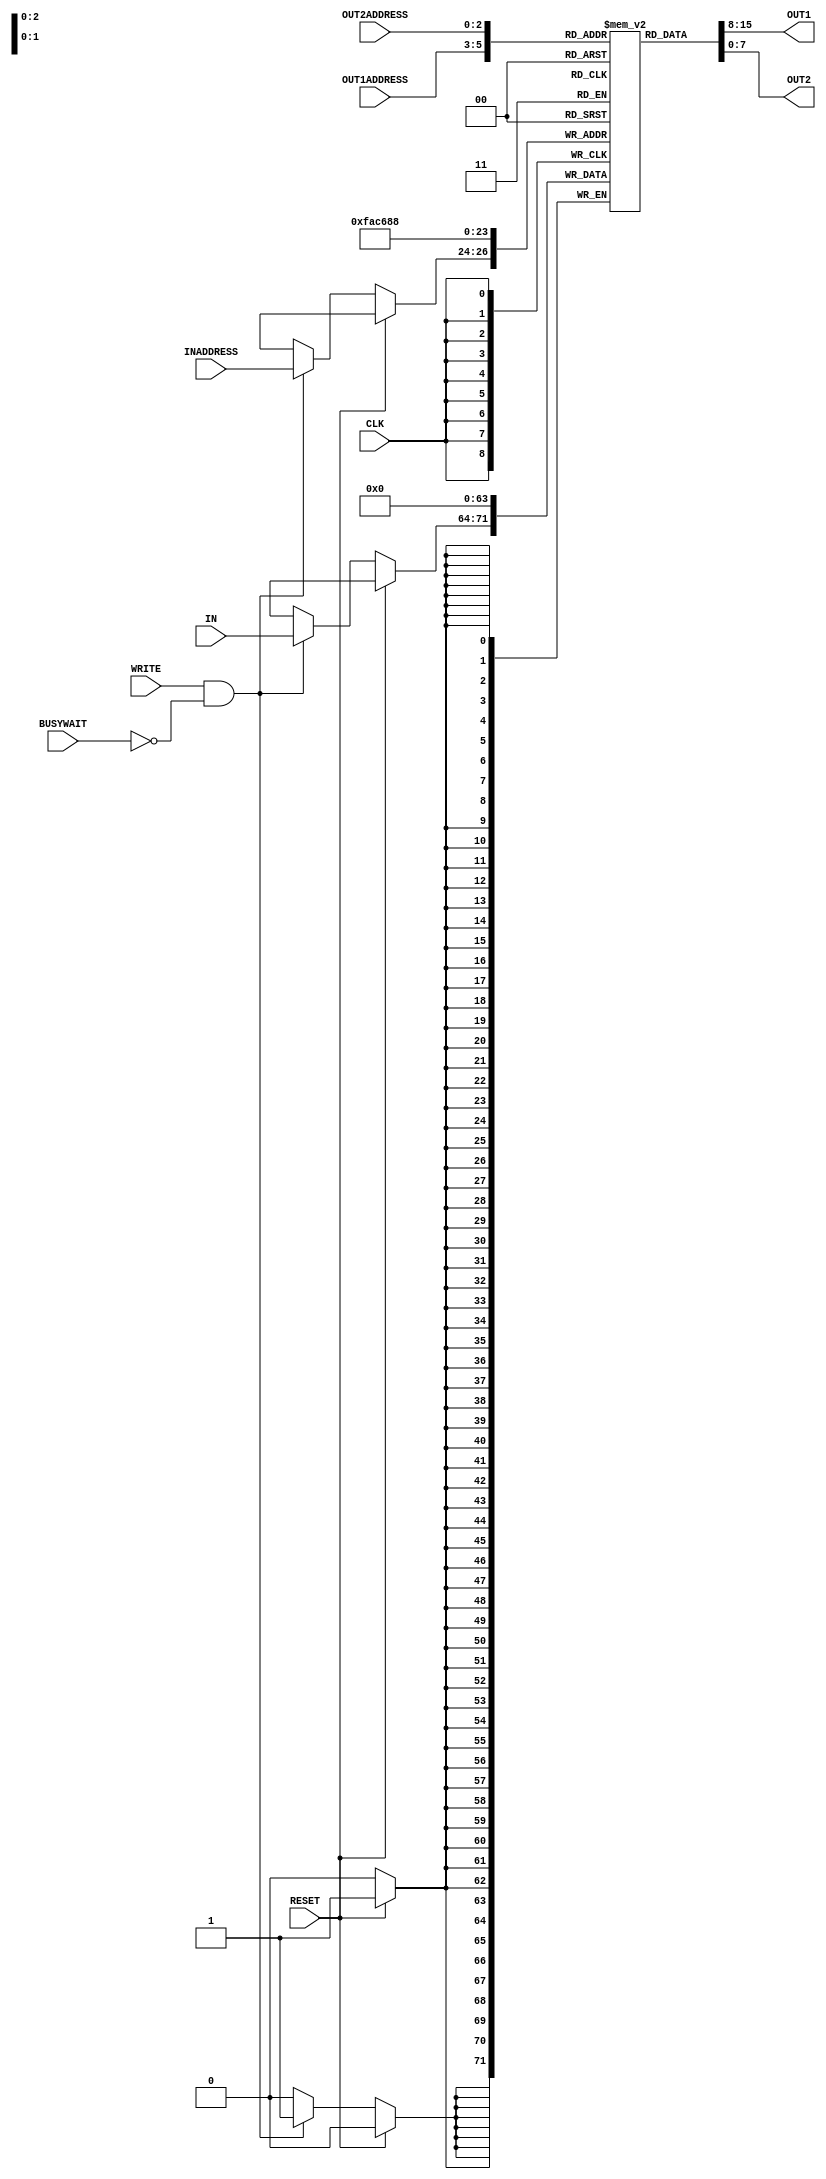
`timescale 1ns/100ps
module reg_file(IN,OUT1,OUT2,INADDRESS,OUT1ADDRESS,OUT2ADDRESS, WRITE, CLK, RESET,BUSYWAIT);

    // Defining Ports 
    input [7:0] IN; // The data input port
    input [2:0] INADDRESS; //The address of the register to write to
    
    output [7:0] OUT1, OUT2; // The data output ports
    input [2:0] OUT1ADDRESS, OUT2ADDRESS; // The address of the registers to read from
    //reg [7:0] OUT1, OUT2;



    input WRITE; // The write enable signal
    input CLK; // The clock signal
    input RESET; // The reset signal
    input BUSYWAIT;

    reg [7:0] registers[7:0]; // The array of 8-bit registers



    // Asynchronously assigning OUT1 and OUT2
    assign #2 OUT1 = registers[OUT1ADDRESS];
    assign #2 OUT2 = registers[OUT2ADDRESS];
    integer i;

    // Positive Edge Triggered
    // All operations happenat the positive edge of the clock
    always @(posedge CLK)
    begin

        // When RESET signal is HIGH , all registers should be cleared (written zero)
        if (RESET) //RESET Block 
            begin
                
                for(i = 0; i < 8; i++) // For-loop to iterate through the array of registers
                begin
                    #1; // Writing requires a delay of 1 time unit
                    registers[i] = 0;
                end
            end
        

        // When WRITE signal is HIGH, data in input port IN should be written to registers[INADDRESS]
        else if (WRITE && !BUSYWAIT ) //WRITE Block
            begin
                //$display("Write");
                #1; // Writing requires a delay of 1 time unit
                registers[INADDRESS] = IN;
            end        
    end
   

endmodule